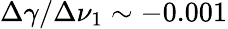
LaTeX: \Delta\gamma/\Delta\nu_{1}\sim-0.001